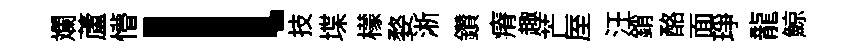
斕蘆懵l技堞檬婺淅鑽瘠趣芒厔汪銷酪面琤龍鯨